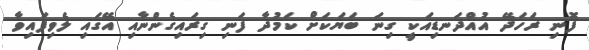
ފޮނި ރަހަދޭ އުއްދަނޑިއަކީ ގިނަ ބަޔަކަށް ކަމުދާ ފަނި ގިރައިގެންނާއި އޭގައި ލެވިފައިވާ